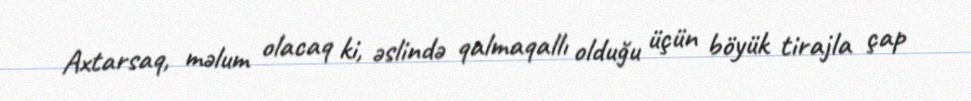
Axtarsaq, məlum olacaq ki, əslində qalmaqallı olduğu üçün böyük tirajla çap